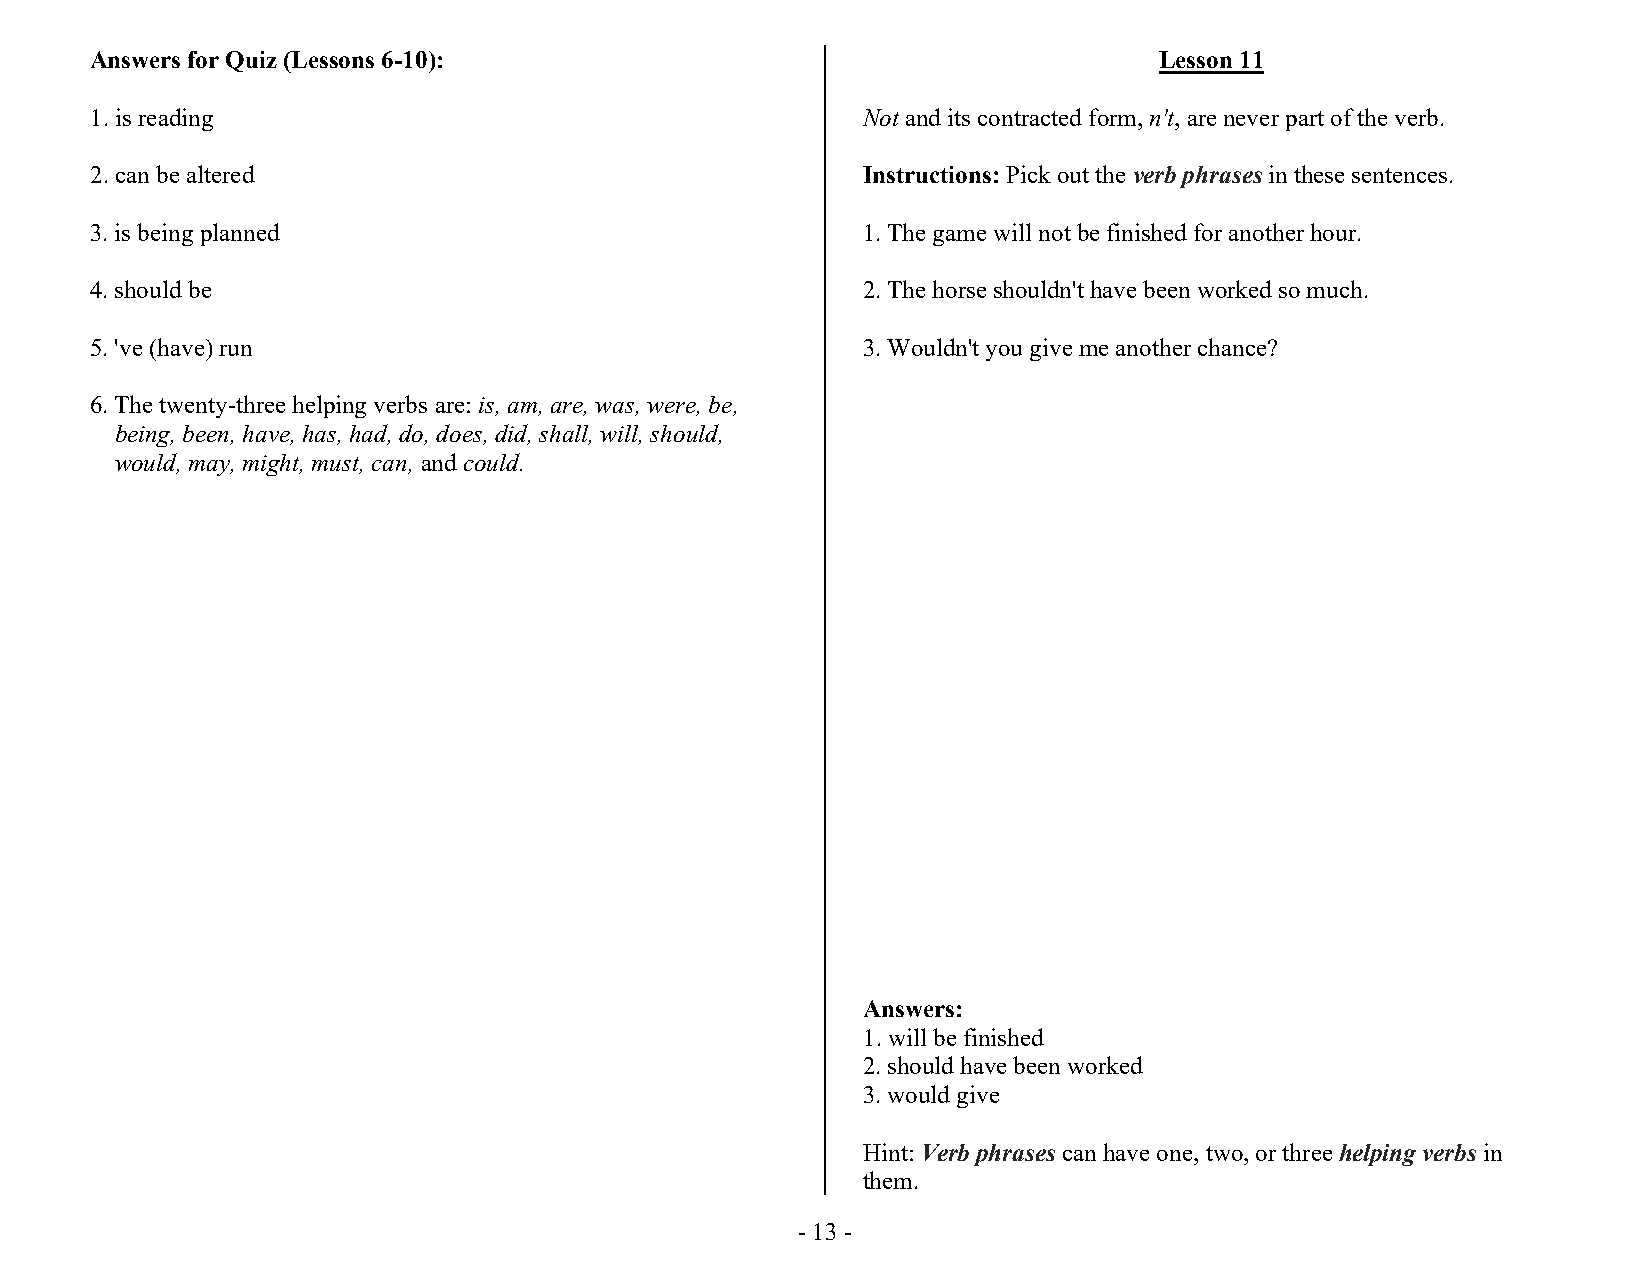
Answers for Quiz (Lessons 6-10):                                       Lesson 11
 1. is reading                                      Not and its contracted form, n't, are never part of the verb.
 2. can be altered                                  Instructions: Pick out the verb phrases in these sentences.
 3. is being planned                                1. The game will not be finished for another hour.
 4. should be                                       2. The horse shouldn't have been worked so much.
 5. 've (have) run                                  3. Wouldn't you give me another chance?
 6. The twenty-three helping verbs are: is, am, are, was, were, be,
 being, been, have, has, had, do, does, did, shall, will, should,
 would, may, might, must, can, and could.
 Answers:
 1. will be finished
 2. should have been worked
 3. would give
 Hint: Verb phrases can have one, two, or three helping verbs in
 them.
 - 13 -